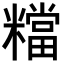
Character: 𥼽